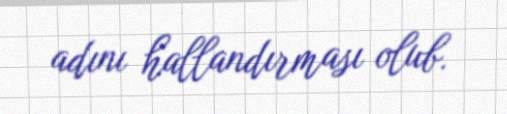
adını hallandırması olub.